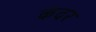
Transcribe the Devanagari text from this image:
कंदर